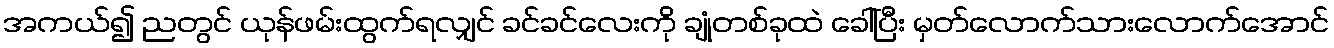
အကယ်၍ ညတွင် ယုန်ဖမ်းထွက်ရလျှင် ခင်ခင်လေးကို ချုံတစ်ခုထဲ ခေါ်ပြီး မှတ်လောက်သားလောက်အောင်